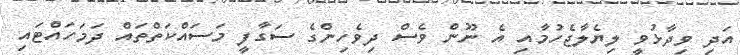
އަދި ވިދާޅުވީ ލިޔެލާޖެހުމާއި އެ ނޫން ވެސް ދިވެހިންގެ ސަގާފީ މަސައްކަތްތައް ދަމަހައްޓައި